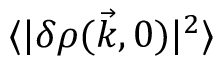
\langle | \delta \rho ( \vec { k } , 0 ) | ^ { 2 } \rangle